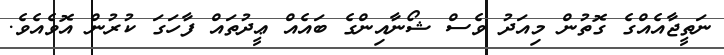
ނަތީޖާއެއްގެ ގޮތުން މިއަދު ވެސް ޝޯނާއިންގެ ބައެއް ޢީދުތައް ފާހަގަ ކުރުން އޮވެއެވެ.